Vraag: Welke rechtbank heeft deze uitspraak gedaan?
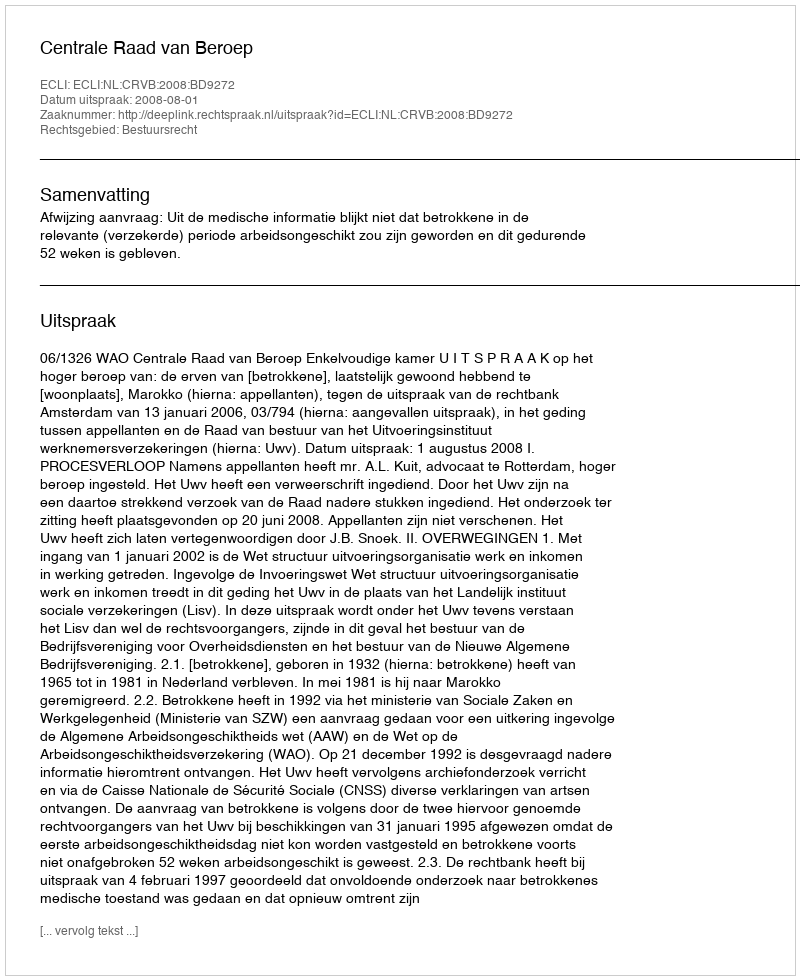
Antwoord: Centrale Raad van Beroep